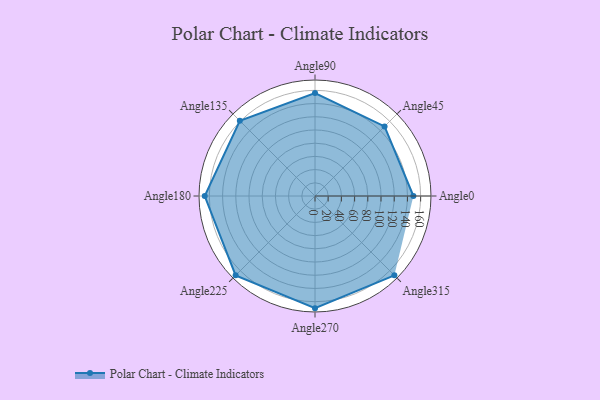
{"axis": {"x": "Angle", "y": "Radius"}, "legend": [""], "data": [{"x": "Angle0", "y": 149.0, "type": ""}, {"x": "Angle45", "y": 149.0, "type": ""}, {"x": "Angle90", "y": 156.0, "type": ""}, {"x": "Angle135", "y": 161.0, "type": ""}, {"x": "Angle180", "y": 167.0, "type": ""}, {"x": "Angle225", "y": 170.0, "type": ""}, {"x": "Angle270", "y": 170, "type": ""}, {"x": "Angle315", "y": 170, "type": ""}]}